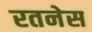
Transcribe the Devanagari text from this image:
रतनेस